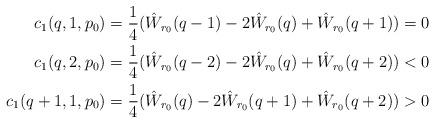
LaTeX: \begin{align*}c_1(q,1,p_0) &= \frac{1}{4}(\hat W_{r_0}(q-1) - 2 \hat W_{r_0}(q) + \hat W_{r_0}(q+1)) = 0\\c_1(q,2,p_0) &= \frac{1}{4}(\hat W_{r_0}(q-2) - 2 \hat W_{r_0}(q) + \hat W_{r_0}(q+2)) < 0\\c_1(q+1,1,p_0) &= \frac{1}{4}(\hat W_{r_0}(q) - 2\hat W_{r_0}(q+1) + \hat W_{r_0}(q+2)) > 0\end{align*}